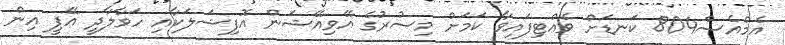
އެމްއެސް804 ކަނޑަށް ވެއްޓިފައިވާ ކަމަށް މިސުރުގެ އޭވިއޭޝަން އޮފިޝަލަކާއި ހަވާލާދީ އޭޕީ އިން